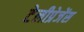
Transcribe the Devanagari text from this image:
टेलीप्रेजेंस